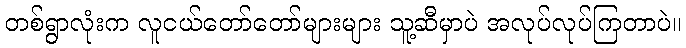
တစ်ရွာလုံးက လူငယ်တော်တော်များများ သူ့ဆီမှာပဲ အလုပ်လုပ်ကြတာပဲ။